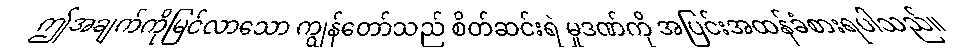
ဤအချက်ကိုမြင်လာသော ကျွန်တော်သည် စိတ်ဆင်းရဲ မှုဒဏ်ကို အပြင်းအထန်ခံစားရပါသည်။